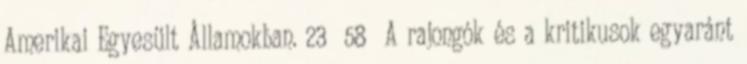
Amerikai Egyesült Államokban. 23 58 A rajongók és a kritikusok egyaránt